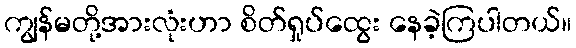
ကျွန်မတို့အားလုံးဟာ စိတ်ရှုပ်ထွေး နေခဲ့ကြပါတယ်။